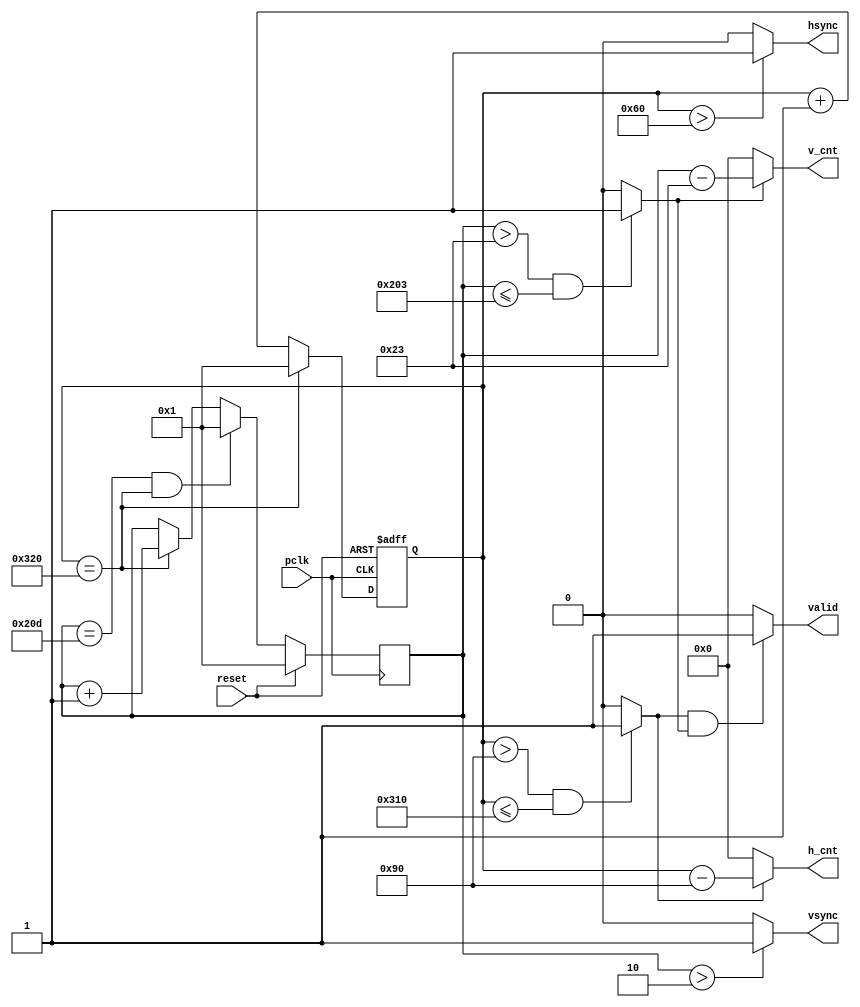
`timescale 1 ns / 1 ns


module vga_640x480(pclk, reset, hsync, vsync, valid, h_cnt, v_cnt);
   input        pclk;
   input        reset;
   output       hsync;
   output       vsync;
   output       valid;
   output [9:0] h_cnt;
   output [9:0] v_cnt;
   
   parameter    h_frontporch = 96;
   parameter    h_active = 144;
   parameter    h_backporch = 784;
   parameter    h_total = 800;
   
   parameter    v_frontporch = 2;
   parameter    v_active = 35;
   parameter    v_backporch = 515;
   parameter    v_total = 525;
   
   reg [9:0]    x_cnt;
   reg [9:0]    y_cnt;
   
   wire         h_valid;
   wire         v_valid;
   
   
   always @(posedge reset or posedge pclk)
      if (reset == 1'b1)
         x_cnt <= 1;
      else 
      begin
         if (x_cnt == h_total)
            x_cnt <= 1;
         else
            x_cnt <= x_cnt + 1;
      end
   
   
   always @(posedge pclk)
      if (reset == 1'b1)
         y_cnt <= 1;
      else 
      begin
         if (y_cnt == v_total & x_cnt == h_total)
            y_cnt <= 1;
         else if (x_cnt == h_total)
            y_cnt <= y_cnt + 1;
      end
   
   assign hsync = ((x_cnt > h_frontporch)) ? 1'b1 : 
                  1'b0;
   assign vsync = ((y_cnt > v_frontporch)) ? 1'b1 : 
                  1'b0;
   
   assign h_valid = ((x_cnt > h_active) & (x_cnt <= h_backporch)) ? 1'b1 : 
                    1'b0;
   assign v_valid = ((y_cnt > v_active) & (y_cnt <= v_backporch)) ? 1'b1 : 
                    1'b0;
   
   assign valid = ((h_valid == 1'b1) & (v_valid == 1'b1)) ? 1'b1 : 
                  1'b0;
   
   assign h_cnt = ((h_valid == 1'b1)) ? x_cnt - 144 : 
                  {10{1'b0}};
   assign v_cnt = ((v_valid == 1'b1)) ? y_cnt - 35 : 
                  {10{1'b0}};
   
endmodule